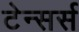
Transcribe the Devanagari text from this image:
टेन्सर्स